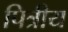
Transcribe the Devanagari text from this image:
पित्रीय